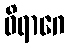
ဝိရာဂေ